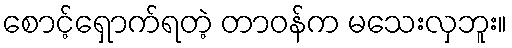
စောင့်ရှောက်ရတဲ့ တာဝန်က မသေးလှဘူး။